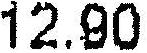
12.90